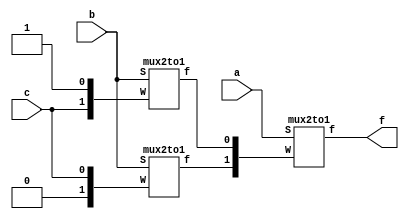
module exercise2b(a, b, c, f);
input a, b, c;
output f;

wire [0:1]X;

mux2to1 m1({1'b0, c}, b, X[0]);
mux2to1 m2({c, 1'b1}, b, X[1]);
mux2to1 m3(X, a, f);

endmodule


module mux2to1(W, S, f);
input [0:1]W;
input S;
output f;
reg f;
always@(W or S)
        f = S ? W[1] : W[0];
endmodule